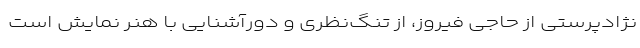
نژادپرستی از حاجی فیروز، از تنگ‌نظری و دورآشنایی با هنر نمایش است